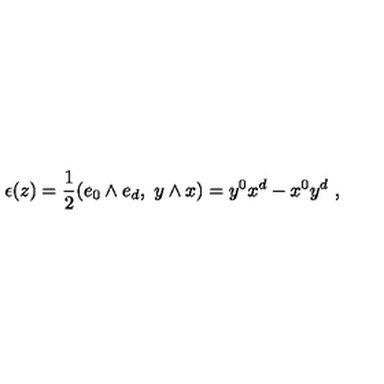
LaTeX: \epsilon ( z ) = { \frac { 1 } { 2 } } ( e _ { 0 } \wedge e _ { d } , \ y \wedge x ) = y ^ { 0 } x ^ { d } - x ^ { 0 } y ^ { d } \ ,